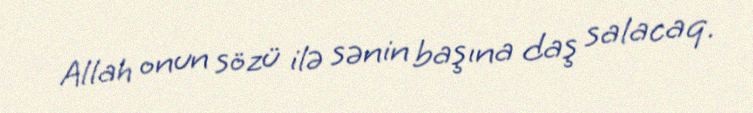
Allah onun sözü ilə sənin başına daş salacaq.